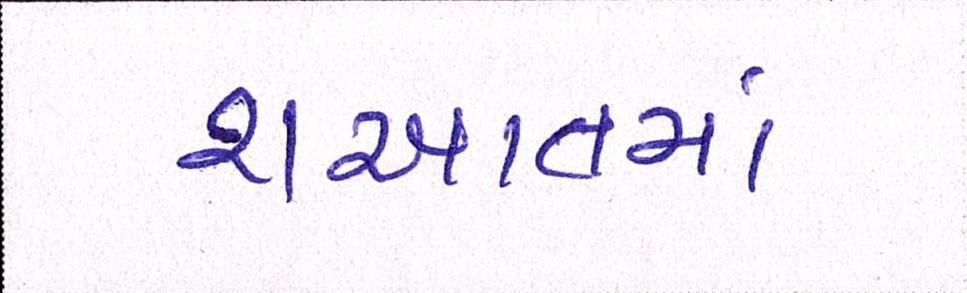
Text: શઆતમાં